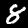
Label: 8